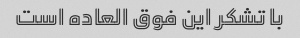
با تشکر این فوق العاده است